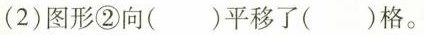
(2)图形②向()平移了()格。